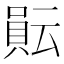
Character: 𧶊